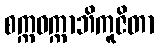
စက္ကဝက္ကာဘိကူဇိတာ